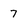
Character: 7